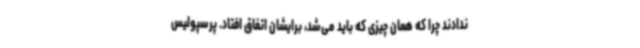
ندادند چرا که همان چیزی که باید می‌شد، برایشان اتفاق افتاد. پرسپولیس